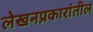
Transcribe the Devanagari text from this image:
लेखनप्रकारांतील